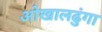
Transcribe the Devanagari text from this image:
ओखालढुंगा